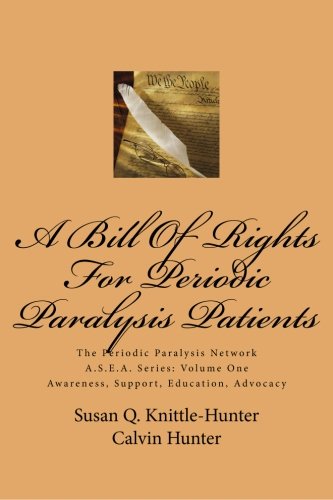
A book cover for A Bill Of Rights For Periodic Paralysis Patients: The Periodic Paralysis Network A.S.E.A. Series: Volume One (The Periodic Paralysis Network A.S.E.A ... Support, Education, Advocacy) (Volume 1); Susan Q Knittle-Hunter; Health, Fitness & Dieting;